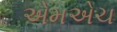
એમએચ